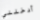
أدخلني